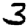
Digit: 3